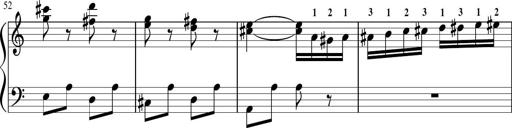
Title: Sonatina in G major
Composer: Friedrich Kuhlau
Key: G major